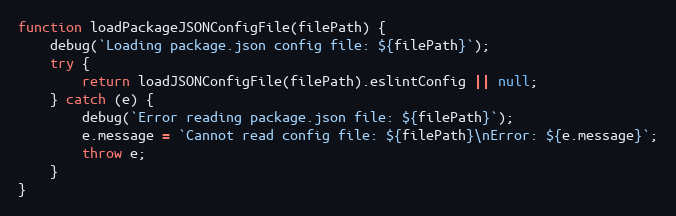
Language: JavaScript
function loadPackageJSONConfigFile(filePath) {
    debug(`Loading package.json config file: ${filePath}`);
    try {
        return loadJSONConfigFile(filePath).eslintConfig || null;
    } catch (e) {
        debug(`Error reading package.json file: ${filePath}`);
        e.message = `Cannot read config file: ${filePath}\nError: ${e.message}`;
        throw e;
    }
}